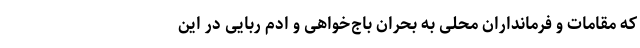
که مقامات و فرمانداران محلی به بحران باج‌خواهی و ادم ربایی در این